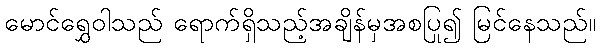
မောင်ရွှေဝါသည် ရောက်ရှိသည့်အချိန်မှအစပြု၍ မြင်နေသည်။